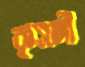
কুসঙ্গী